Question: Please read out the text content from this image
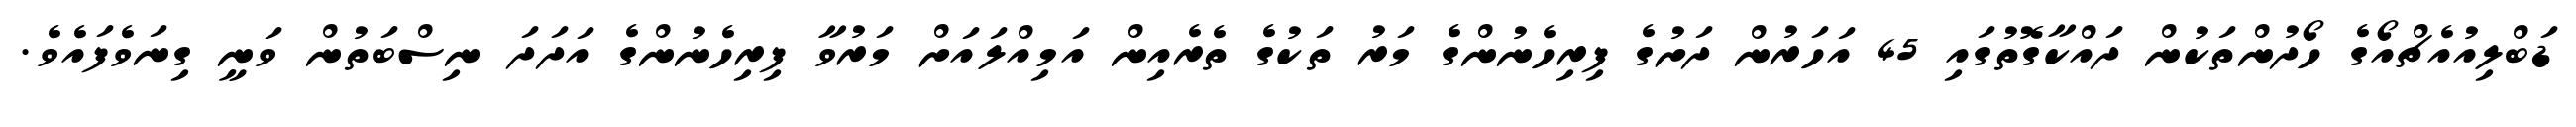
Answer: ޑަބްލިއުއެޗްއޯގެ ހޯދުންތަކުން ދައްކާގޮތުގައި 45 އަހަރުން ދަށުގެ ފިރިހެނުންގެ މަރު ތަކުގެ ތެރެއިން އަމިއްލައަށް މަރުވާ ފިރިހެނުންގެ އަދަދަ ނިސްބަތުން ވަނީ ގިނަވެފައެވެ.